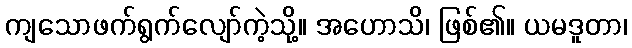
ကျသောဖက်ရွက်လျော်ကဲ့သို့။ အဟောသိ၊ ဖြစ်၏။ ယမဒူတာ၊